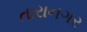
તારાનગર